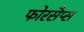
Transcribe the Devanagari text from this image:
फोरसैप्स